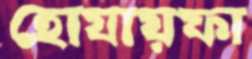
হোযায়ফা